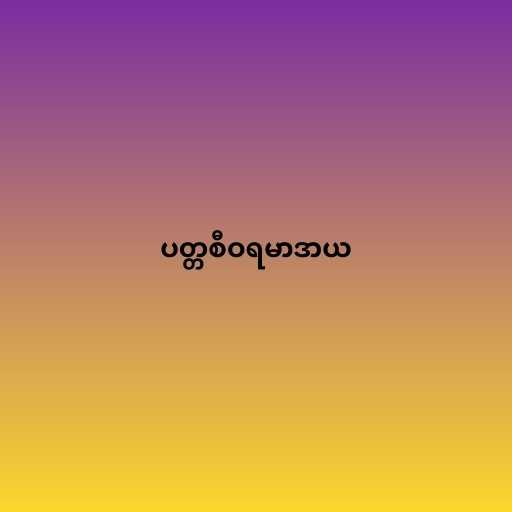
ပတ္တစီဝရမာဒာယ